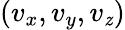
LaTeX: (v_{x},v_{y},v_{\mathit{z}})